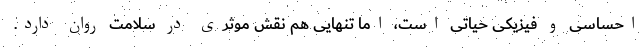
احساسی و فیزیکی حیاتی است، اما تنهایی هم نقش موثری در سلامت روان دارد.